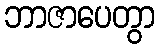
ဘာဇာပေတွာ